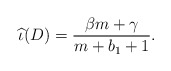
\begin{align*}\widehat{\iota}(D) = \frac{\beta m + \gamma}{m+b_1+1}.\end{align*}